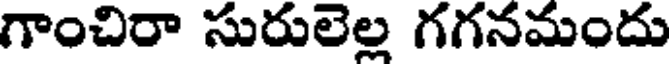
గాంచిరా సురులెల్ల గగనమందు